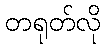
တရုတ်လို